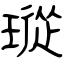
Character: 瑽